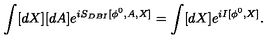
\int [ d X ] [ d A ] e ^ { i S _ { D B I } [ \phi ^ { 0 } , A , X ] } = \int [ d X ] e ^ { i I [ \phi ^ { 0 } , X ] } .